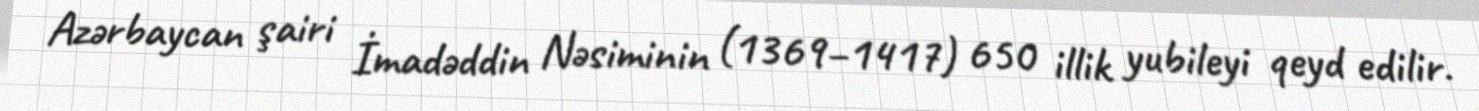
Azərbaycan şairi İmadəddin Nəsiminin (1369–1417) 650 illik yubileyi qeyd edilir.